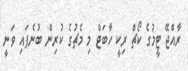
ރާއްޖޭ ޓީމުގެ ކޯޗް ރިކީ ހާބަޓް މި މެޗުގެ ކުރިން ބުނެފައި ވަނީ